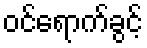
ဝင်ရောက်ခွင့်